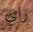
راي